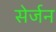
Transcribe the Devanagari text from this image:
सेर्जन